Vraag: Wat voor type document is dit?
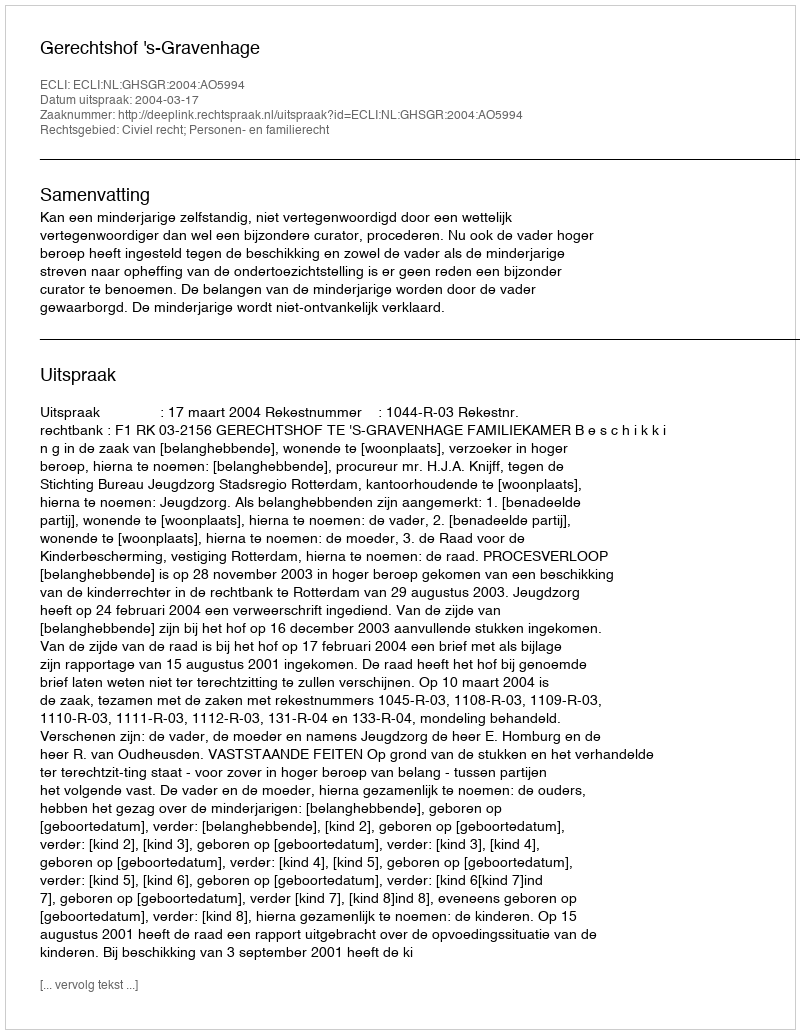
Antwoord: Uitspraak